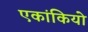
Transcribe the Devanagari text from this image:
एकांकियो